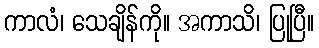
ကာလံ၊ သေချိန်ကို။ အကာသိ၊ ပြုပြီ။